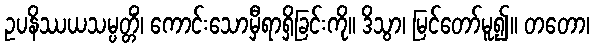
ဥပနိဿယသမ္ပတ္တိံ၊ ကောင်းသောမှီရာရှိခြင်းကို။ ဒိသွာ၊ မြင်တော်မူ၍။ တတော၊